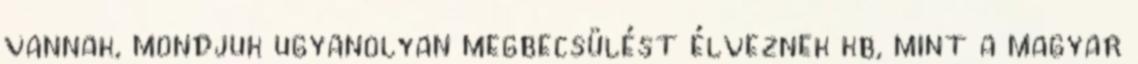
vannak, mondjuk ugyanolyan megbecsülést élveznek kb, mint a magyar